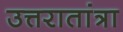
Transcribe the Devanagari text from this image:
उत्तरातांत्रा